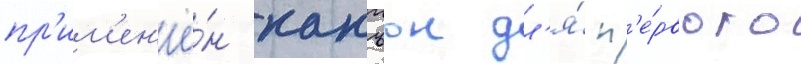
пр'им'ен'ё́н канъон дл'я́ п'е́рвого